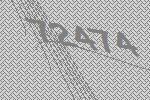
72474